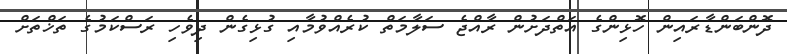
ދޮންބަންޑާރައިން ހޮޅިންގެ އަތްދަށުން ރާއްޖެ ސަލާމަތް ކުރެއްވުމާއި ގުޅިގެން ދިވެހި ރަސްކަމުގެ ތަޚްތަށް